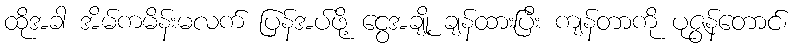
ထိုအခါ အိမ်ကမိန်းမလက် ပြန်အပ်ဖို့ ငွေအချို့ ချန်ထားပြီး ကျန်တာကို ပုဇွန်တောင်၊